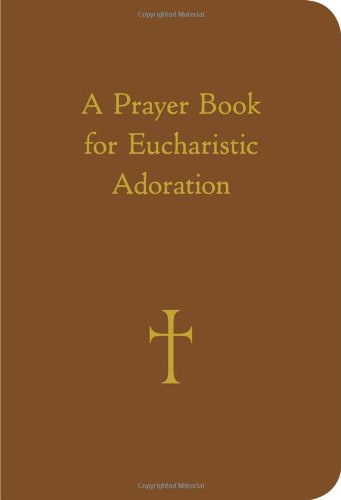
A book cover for A Prayer Book for Eucharistic Adoration; Mr. William G. Storey; Christian Books & Bibles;